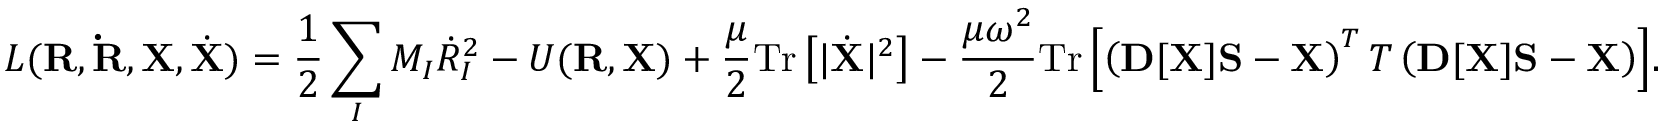
{ \displaystyle { \cal L } ( { \bf R } , { \bf { \dot { R } } } , { \bf X } , { \dot { \bf X } } ) = \frac { 1 } { 2 } \sum _ { I } M _ { I } { \dot { R } } _ { I } ^ { 2 } - { \cal U } ( { \bf R } , { \bf X } ) + \frac { \mu } { 2 } \mathrm { T r } \left[ \vert { \dot { \bf X } } \vert ^ { 2 } \right] - \frac { \mu \omega ^ { 2 } } { 2 } \mathrm { T r } \left[ \left( { \bf D } [ { \bf X } ] { \bf S } - { \bf X } \right) ^ { T } { \cal T } \left( { \bf D } [ { \bf X } ] { \bf S } - { \bf X } \right) \right] } .